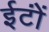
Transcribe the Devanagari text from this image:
ईटोंं